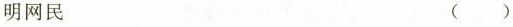
明网民 （）